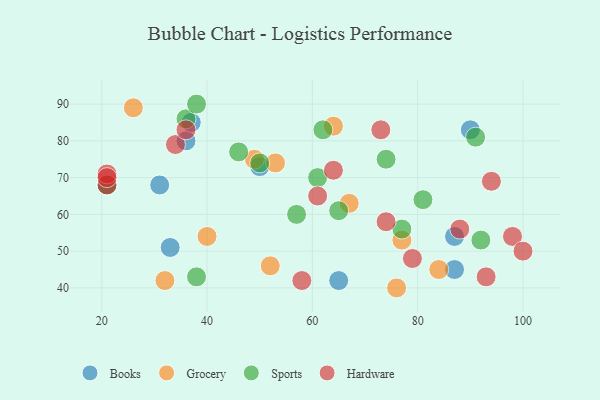
{"axis": {"x": "GDP", "y": "Life Expectancy"}, "legend": ["Books", "Grocery", "Hardware", "Sports"], "data": [{"x": "90", "y": 83, "type": "Books"}, {"x": "36", "y": 80, "type": "Books"}, {"x": "87", "y": 54, "type": "Books"}, {"x": "21", "y": 68, "type": "Books"}, {"x": "50", "y": 73, "type": "Books"}, {"x": "31", "y": 68, "type": "Books"}, {"x": "65", "y": 42, "type": "Books"}, {"x": "87", "y": 45, "type": "Books"}, {"x": "33", "y": 51, "type": "Books"}, {"x": "37", "y": 85, "type": "Books"}, {"x": "26", "y": 89, "type": "Grocery"}, {"x": "77", "y": 53, "type": "Grocery"}, {"x": "40", "y": 54, "type": "Grocery"}, {"x": "53", "y": 74, "type": "Grocery"}, {"x": "52", "y": 46, "type": "Grocery"}, {"x": "64", "y": 84, "type": "Grocery"}, {"x": "84", "y": 45, "type": "Grocery"}, {"x": "49", "y": 75, "type": "Grocery"}, {"x": "76", "y": 40, "type": "Grocery"}, {"x": "32", "y": 42, "type": "Grocery"}, {"x": "67", "y": 63, "type": "Grocery"}, {"x": "50", "y": 74, "type": "Sports"}, {"x": "61", "y": 70, "type": "Sports"}, {"x": "81", "y": 64, "type": "Sports"}, {"x": "57", "y": 60, "type": "Sports"}, {"x": "77", "y": 56, "type": "Sports"}, {"x": "38", "y": 43, "type": "Sports"}, {"x": "74", "y": 75, "type": "Sports"}, {"x": "91", "y": 81, "type": "Sports"}, {"x": "65", "y": 61, "type": "Sports"}, {"x": "36", "y": 86, "type": "Sports"}, {"x": "38", "y": 90, "type": "Sports"}, {"x": "92", "y": 53, "type": "Sports"}, {"x": "46", "y": 77, "type": "Sports"}, {"x": "21", "y": 68, "type": "Sports"}, {"x": "62", "y": 83, "type": "Sports"}, {"x": "34", "y": 79, "type": "Hardware"}, {"x": "21", "y": 68, "type": "Hardware"}, {"x": "74", "y": 58, "type": "Hardware"}, {"x": "21", "y": 71, "type": "Hardware"}, {"x": "94", "y": 69, "type": "Hardware"}, {"x": "36", "y": 83, "type": "Hardware"}, {"x": "58", "y": 42, "type": "Hardware"}, {"x": "21", "y": 70, "type": "Hardware"}, {"x": "93", "y": 43, "type": "Hardware"}, {"x": "88", "y": 56, "type": "Hardware"}, {"x": "73", "y": 83, "type": "Hardware"}, {"x": "98", "y": 54, "type": "Hardware"}, {"x": "100", "y": 50, "type": "Hardware"}, {"x": "64", "y": 72, "type": "Hardware"}, {"x": "61", "y": 65, "type": "Hardware"}, {"x": "79", "y": 48, "type": "Hardware"}]}